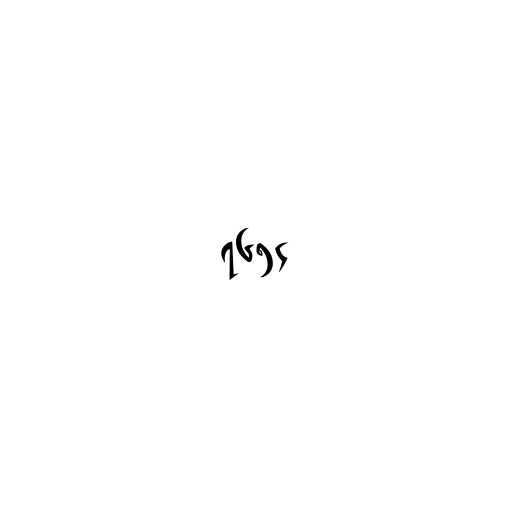
၇၆၅၄